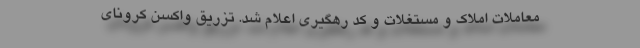
معاملات املاک و مستغلات و کد رهگیری اعلام شد. تزریق واکسن کرونای